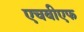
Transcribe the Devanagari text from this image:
एचबीएफ